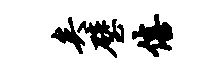
矣璧僖